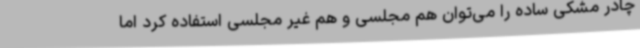
چادر مشکی ساده را می‌توان هم مجلسی و هم غیر مجلسی استفاده کرد اما